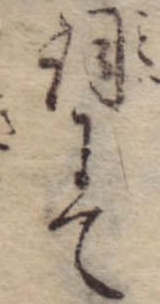
詞にて